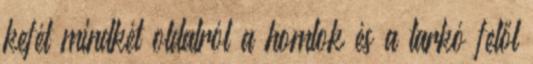
kefét mindkét oldalról a homlok és a tarkó felől